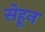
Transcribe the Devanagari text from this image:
सेहून